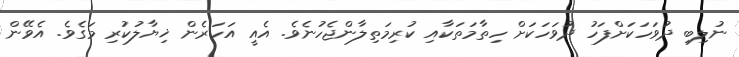
ނުލިބި ދުވަހަކަށްފަހު ދުވަހަކަށް ހިތާމަތަކާއި ކުރިމަތިލާންޖެހުނެވެ. އެއީ އަހަރެން ޚިޔާލުކުރި މަގެވެ. އެވޭން